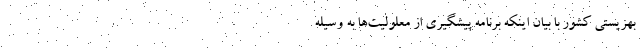
بهزیستی کشور با بیان اینکه برنامه پیشگیری از معلولیت‌ها به وسیله